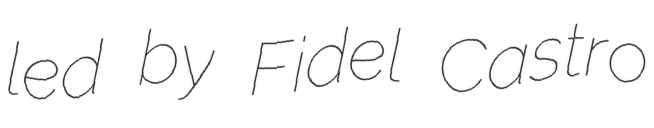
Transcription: led by Fidel Castro